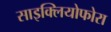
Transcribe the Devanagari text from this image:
साइक्लियोफोरा